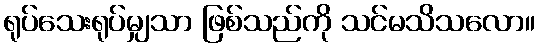
ရုပ်သေးရုပ်မျှသာ ဖြစ်သည်ကို သင်မသိသလော။